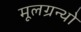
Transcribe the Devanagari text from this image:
मूलग्रन्थो